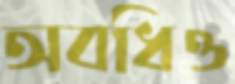
অবধিও